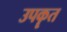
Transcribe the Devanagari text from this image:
उपकॄत